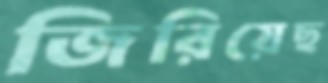
জিরিয়েছ